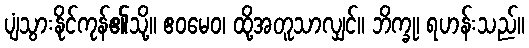
ပျံသွားနိုင်ကုန်၏သို့။ ဧဝမေဝ၊ ထို့အတူသာလျှင်။ ဘိက္ခု၊ ရဟန်းသည်။